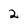
Character: 2